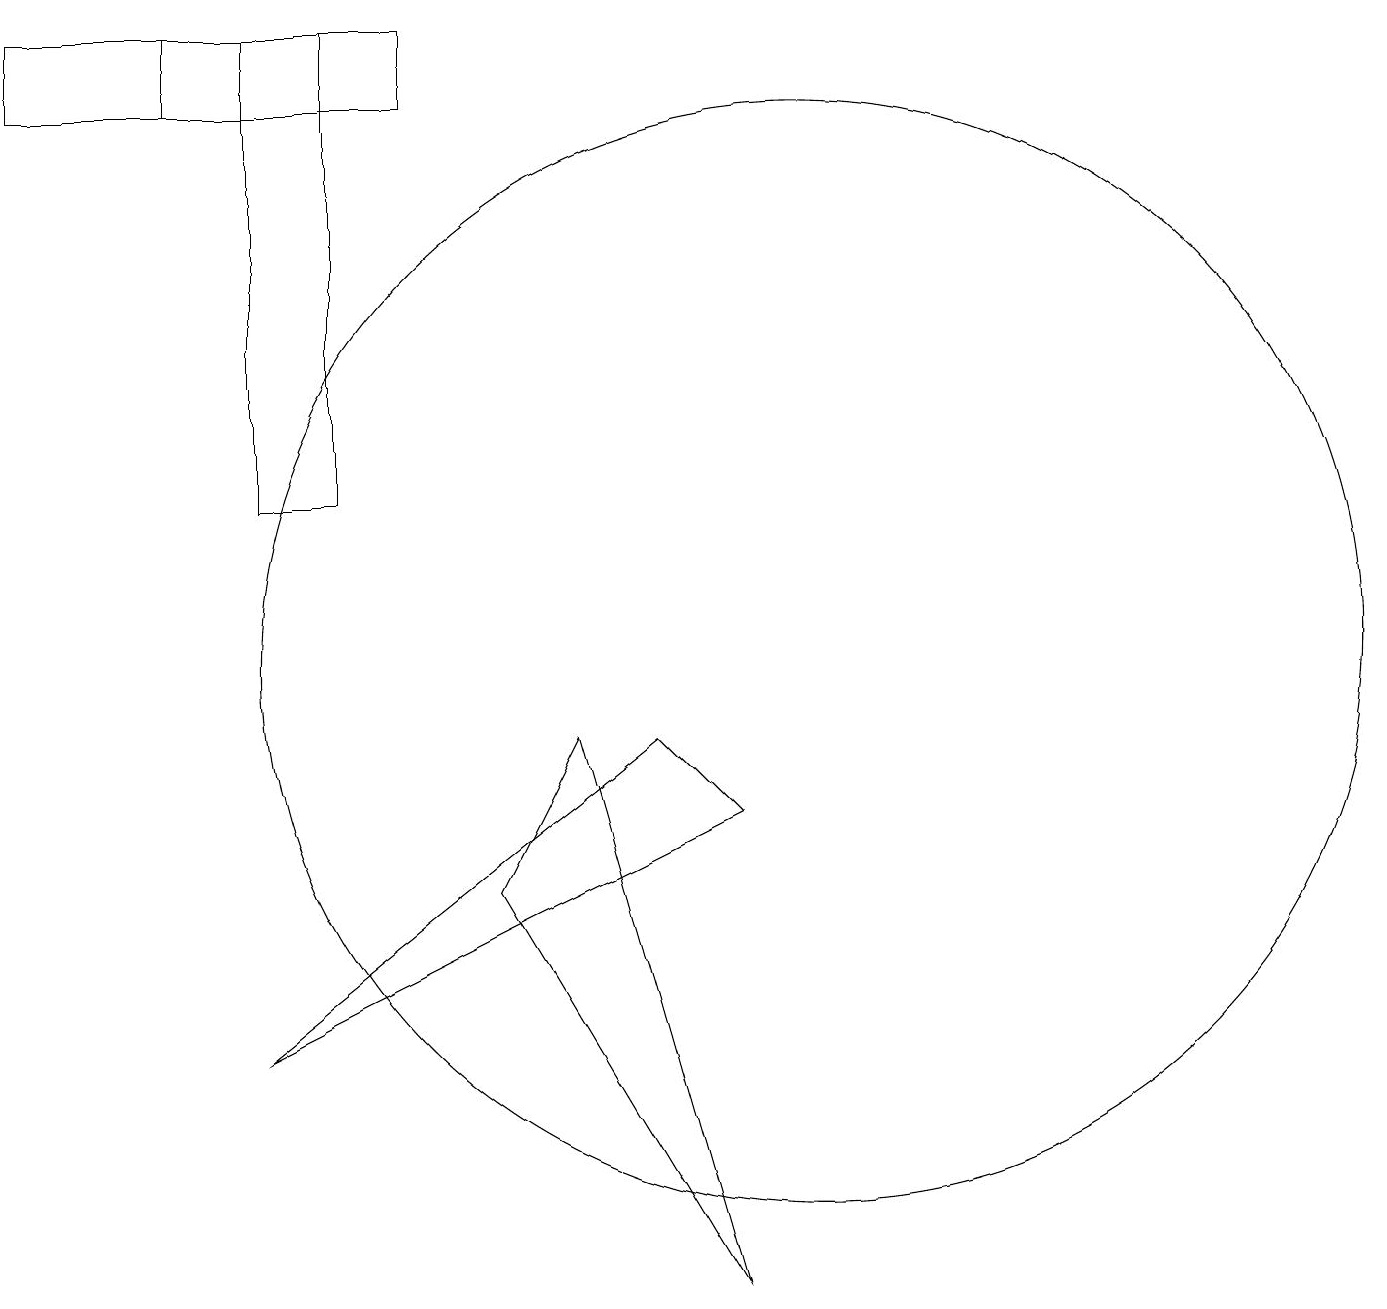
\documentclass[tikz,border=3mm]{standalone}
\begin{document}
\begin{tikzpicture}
\draw (7,9) -- (9,2) -- (6,7) -- cycle;
\draw (9,8) -- (3,5) -- (8,9) -- cycle;
\draw (0,18) rectangle (3,17);
\draw (3,12) rectangle (4,18);
\draw (5,18) rectangle (2,17);
\draw (10,10) circle (7);
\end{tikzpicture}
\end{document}